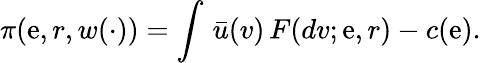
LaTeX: \pi(\mathrm{e},r,w(\cdot))=\int\, \bar{{u}}(v)\, F(dv;\mathrm{e},r)-c(\mathrm{e}).